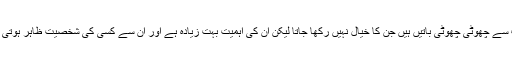
بہت سے چھوٹی چھوٹی باتیں ہیں جن کا خیال نہیں رکھا جاتا لیکن ان کی اہمیت بہت زیادہ ہے اور اُن سے کسی کی شخصیت ظاہر ہوتی ہے۔